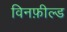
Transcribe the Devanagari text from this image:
विनफ़ील्ड